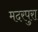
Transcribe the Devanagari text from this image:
मदरपुरा